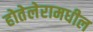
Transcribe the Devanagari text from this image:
होतेलेरामधील